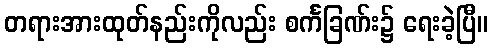
တရားအားထုတ်နည်းကိုလည်း စင်္ကခြဏ်း၌ ရေးခဲ့ပြီ။